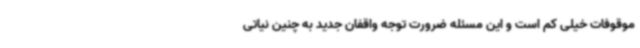
موقوفات خیلی کم است و این مسئله ضرورت توجه واقفان جدید به چنین نیاتی